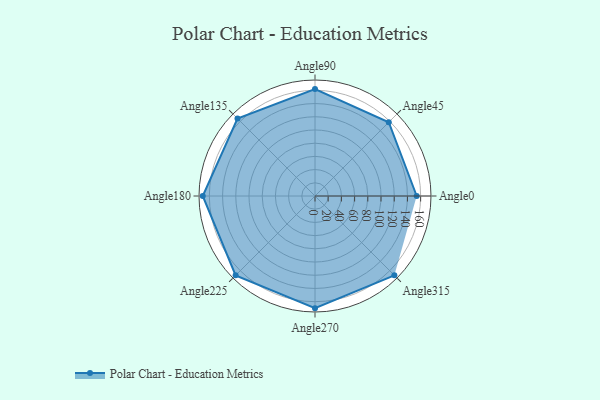
{"axis": {"x": "Angle", "y": "Radius"}, "legend": [""], "data": [{"x": "Angle0", "y": 154.0, "type": ""}, {"x": "Angle45", "y": 158.0, "type": ""}, {"x": "Angle90", "y": 162.0, "type": ""}, {"x": "Angle135", "y": 166.0, "type": ""}, {"x": "Angle180", "y": 170, "type": ""}, {"x": "Angle225", "y": 170, "type": ""}, {"x": "Angle270", "y": 170, "type": ""}, {"x": "Angle315", "y": 170, "type": ""}]}